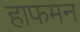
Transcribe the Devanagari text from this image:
हाफमन